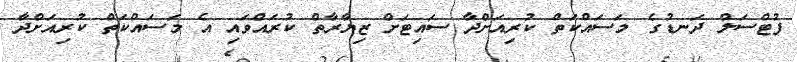
ފުޓްސަލް ދަނޑުގެ މަސައްކަތް ކުރިއަށްދާ ސައިޓަށް ޒިޔާރާތް ކުރައްވައި އެ މަސައްކަތް ކުރިއަށްދާ